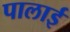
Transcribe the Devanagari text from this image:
पालाई